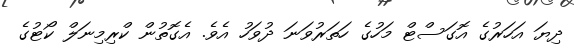
ދިޔަ އަހަރުގެ އޮގަސްޓް މަހުގެ ހަތަރުވަނަ ދުވަހު އެވެ. އެގޮތުން ކްރިމިނަލް ކޯޓުގެ